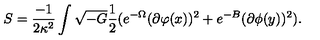
S = \frac { - 1 } { 2 \kappa ^ { 2 } } \int \sqrt { - G } \frac { 1 } { 2 } ( e ^ { - \Omega } ( \partial \varphi ( x ) ) ^ { 2 } + e ^ { - B } ( \partial \phi ( y ) ) ^ { 2 } ) .